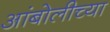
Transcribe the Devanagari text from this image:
आंबोलीच्या